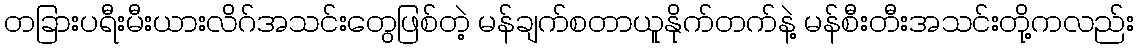
တခြားပရီးမီးယားလိဂ်အသင်းတွေဖြစ်တဲ့ မန်ချက်စတာယူနိုက်တက်နဲ့ မန်စီးတီးအသင်းတို့ကလည်း